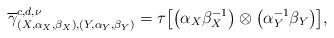
LaTeX: \begin{gather*}\overline{\gamma }_{( X,\alpha _{X},\beta _{X}) ,( Y,\alpha_{Y},\beta _{Y}) }^{{c,d,\nu}}=\tau \big[ \big( \alpha _{X}\beta_{X}^{-1}\big) \otimes \big( \alpha _{Y}^{-1}\beta _{Y}\big) \big] ,\end{gather*}